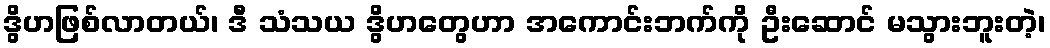
ဒွိဟဖြစ်လာတယ်၊ ဒီ သံသယ ဒွိဟတွေဟာ အကောင်းဘက်ကို ဦးဆောင် မသွားဘူးတဲ့၊